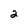
Character: 2